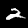
Digit: 2